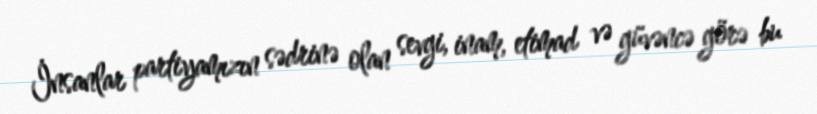
İnsanlar partiyamızın sədrinə olan sevgi, inam, etimad və güvəncə görə bu